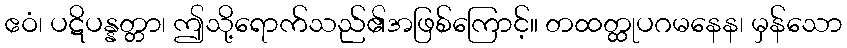
ဧဝံ၊ ပဋိပန္နတ္တာ၊ ဤသို့ရောက်သည်၏အဖြစ်ကြောင့်။ တထတ္ထုပဂမနေန၊ မှန်သော